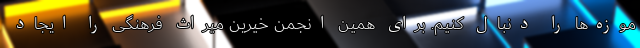
موزه‌ها را دنبال کنیم. برای همین انجمن خیرین میراث فرهنگی را ایجاد